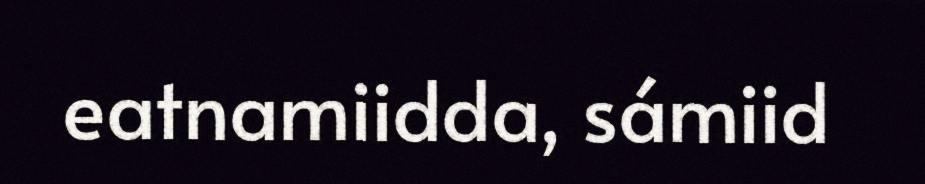
eatnamiidda, sámiid